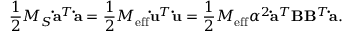
\frac 1 2 M _ { S } { \bf \dot { a } } ^ { T } { \bf \dot { a } } = \frac 1 2 M _ { \mathrm { e f f } } { \bf \dot { u } } ^ { T } { \bf \dot { u } } = \frac 1 2 M _ { \mathrm { e f f } } \alpha ^ { 2 } { \bf \dot { a } } ^ { T } { \bf B } { \bf B } ^ { T } { \bf \dot { a } } .